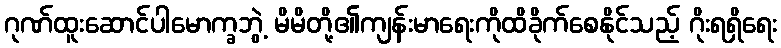
ဂုဏ်ထူးဆောင်ပါမောက္ခဘွဲ့ မိမိတို့၏ကျန်းမာရေးကိုထိခိုက်စေနိုင်သည့် ဂိုးရရှိရေး